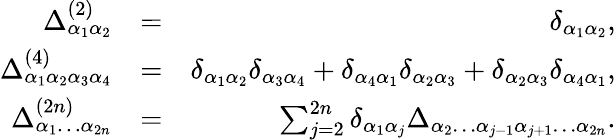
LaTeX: \begin{array}{rlr}{\Delta_{\alpha_{1}\alpha_{2}}^{(2)}}&{=}&{\delta_{\alpha_{1}\alpha_{2}},}\\ {\Delta_{\alpha_{1}\alpha_{2}\alpha_{3}\alpha_{4}}^{(4)}}&{=}&{\delta_{\alpha_{1}\alpha_{2}}\delta_{\alpha_{3}\alpha_{4}}+\delta_{\alpha_{4}\alpha_{1}}\delta_{\alpha_{2}\alpha_{3}}+\delta_{\alpha_{2}\alpha_{3}}\delta_{\alpha_{4}\alpha_{1}},}\\ {\Delta_{\alpha_{1}\dots\alpha_{2n}}^{(2n)}}&{=}&{\sum_{j=2}^{2n}\delta_{\alpha_{1}\alpha_{j}}\Delta_{\alpha_{2}\dots\alpha_{j-1}\alpha_{j+1}\dots\alpha_{2n}}.}\end{array}